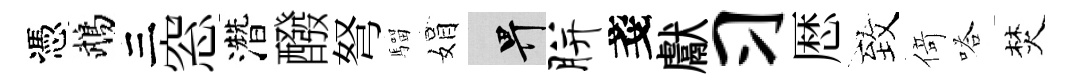
憑鵡三窓濳醱弩騮娟畀胼戔獻习厯致𠋣嗒焚